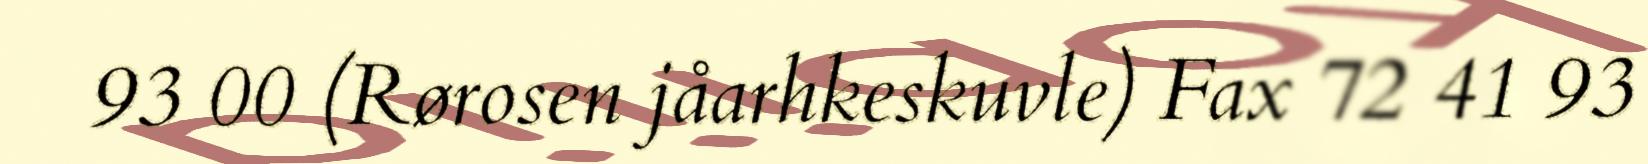
93 00 (Rørosen jåarhkeskuvle) Fax 72 41 93